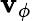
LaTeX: \mathbf{v}_{\phi}